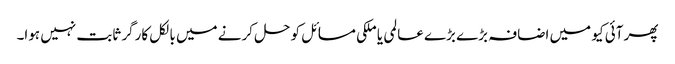
پھر آئی کیو میں اضافہ بڑے بڑے عالمی یا ملکی مسائل کو حل کرنے میں بالکل کارگر ثابت نہیں ہوا۔